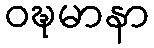
ဝဍ္ဎမာနာ